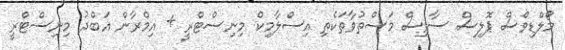
މޯލްޑިވްސް ޕޮލިސް ސާވިސް މަސްތުވާތަކެތި އިސްލާމިކް މިނިސްޓްރީ + އިމްރާން އަބްދު މިނިސްޓްރީ